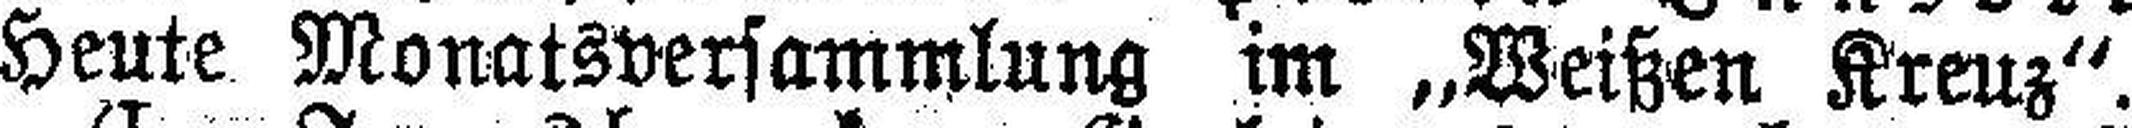
Heute Monatsversammlung im „Weißen Kreuz“.